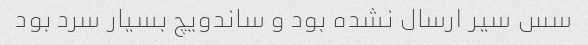
سس سیر ارسال نشده بود و ساندویچ بسیار سرد بود